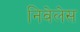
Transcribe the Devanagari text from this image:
निवेलेस